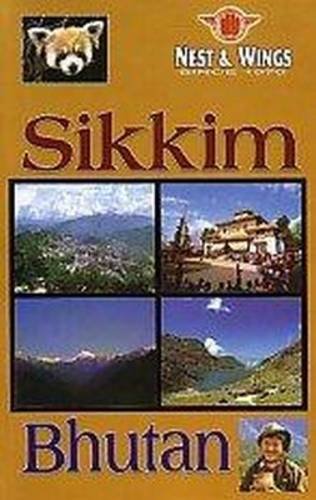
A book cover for Sikkim and Bhutan: A Travellers Guide; A.N. Agarwala; Travel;